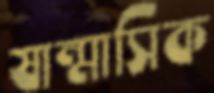
ষান্মাসিক